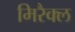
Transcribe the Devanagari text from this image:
मिरैक्ल